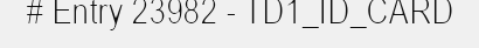
# Entry 23982 - TD1_ID_CARD